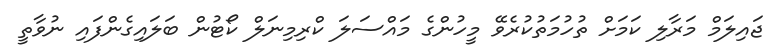
ޖައިލަމް މަރާލި ކަމަށް ތުހުމަތުކުރެވޭ މީހުންގެ މައްސަލަ ކްރިމިނަލް ކޯޓުން ބަލައިގެންފައި ނުވާތީ